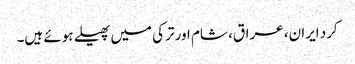
کرد ایران، عراق، شام اور ترکی میں پھیلے ہوئے ہیں۔